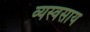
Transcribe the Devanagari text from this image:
व्यस्वसाय